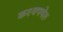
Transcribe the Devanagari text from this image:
कश्यपमेरु